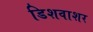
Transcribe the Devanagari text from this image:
डिशवाशर